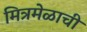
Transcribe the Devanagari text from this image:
मित्रमेळाची